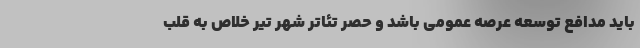
باید مدافع توسعه عرصه عمومی باشد و حصر تئاتر شهر تیر خلاص به قلب